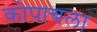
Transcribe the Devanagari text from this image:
कोपाचला